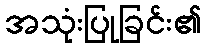
အသုံးပြုခြင်း၏